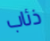
ذئاب